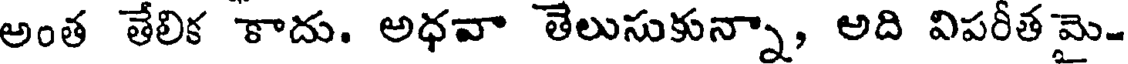
అంత తేలిక కాదు. అధవా తెలుసుకున్నా, అది విపరీత మై-